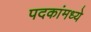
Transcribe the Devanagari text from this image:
पदकांमध्ये